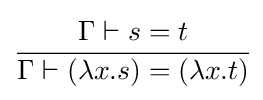
{\cfrac {\Gamma \vdash s=t}{\Gamma \vdash (\lambda x.s)=(\lambda x.t)}}